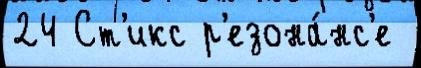
24 Ст'икс р'езона́нс'е